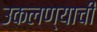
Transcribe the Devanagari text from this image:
उकलण्याची